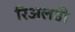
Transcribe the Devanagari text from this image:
रिअलडी